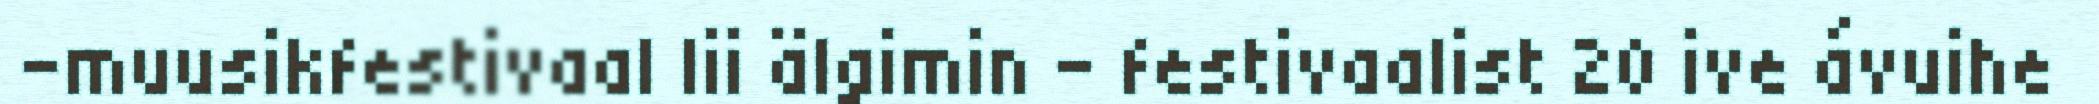
-muusikfestivaal lii älgimin – festivaalist 20 ive ávuihe